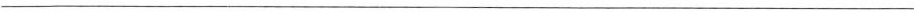
___